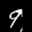
Label: 9